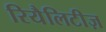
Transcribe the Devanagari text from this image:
रियैलिटीज़